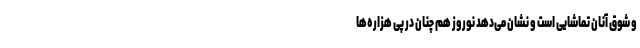
و شوق آنان تماشایی است و نشان می‌دهد نوروز هم چنان در پی هزاره‌ها